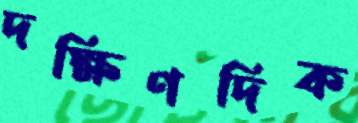
দক্ষিণদিক